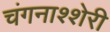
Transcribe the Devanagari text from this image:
चंगनाश्शेरी